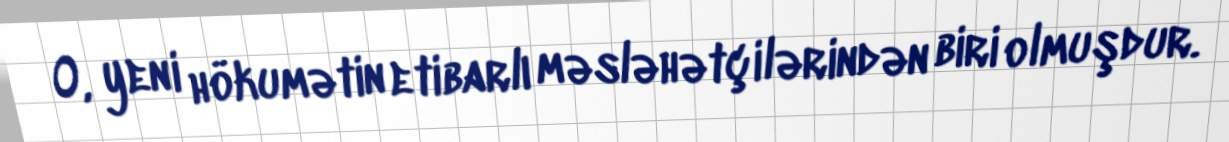
O, yeni hökumətin etibarlı məsləhətçilərindən biri olmuşdur.